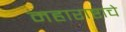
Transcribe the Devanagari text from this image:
महाराष्टाचे